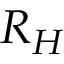
R _ { H }